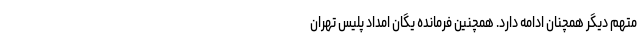
متهم دیگر همچنان ادامه دارد. همچنین فرمانده یگان امداد پلیس تهران